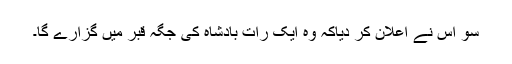
سو اس نے اعلان کر دیاکہ وہ ایک رات بادشاہ کی جگہ قبر میں گزارے گا۔